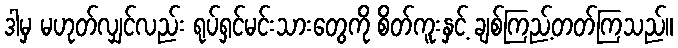
ဒါမှ မဟုတ်လျှင်လည်း ရုပ်ရှင်မင်းသားတွေကို စိတ်ကူးနှင့် ချစ်ကြည့်တတ်ကြသည်။